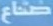
صناع